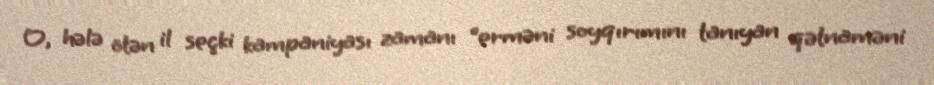
O, hələ ötən il seçki kampaniyası zamanı “erməni soyqırımını tanıyan qətnaməni